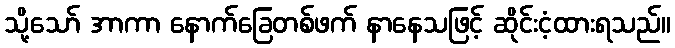
သို့သော် အာကာ နောက်ခြေတစ်ဖက် နာနေသဖြင့် ဆိုင်းငံ့ထားရသည်။